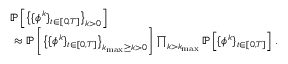
\begin{array} { r l } & { \mathbb { P } \left[ \big \{ \{ { \phi } ^ { k } \} _ { t \in [ 0 , T ] } \big \} _ { k > 0 } \right] } \\ & { ~ \approx \mathbb { P } \left[ \big \{ \{ { \phi } ^ { k } \} _ { t \in [ 0 , T ] } \big \} _ { k _ { \mathrm { m a x } } \geq k > 0 } \right] \prod _ { k > k _ { \mathrm { m a x } } } \mathbb { P } \left[ \{ { \phi } ^ { k } \} _ { t \in [ 0 , T ] } \right] \, . } \end{array}